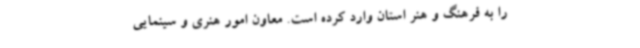
را به فرهنگ و هنر استان وارد کرده است. معاون امور هنری و سینمایی